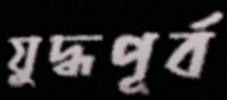
যুদ্ধপূর্ব